65_HS1-834228961_62-HQ-83894_Serial_130
Agency: FBI
Page 126
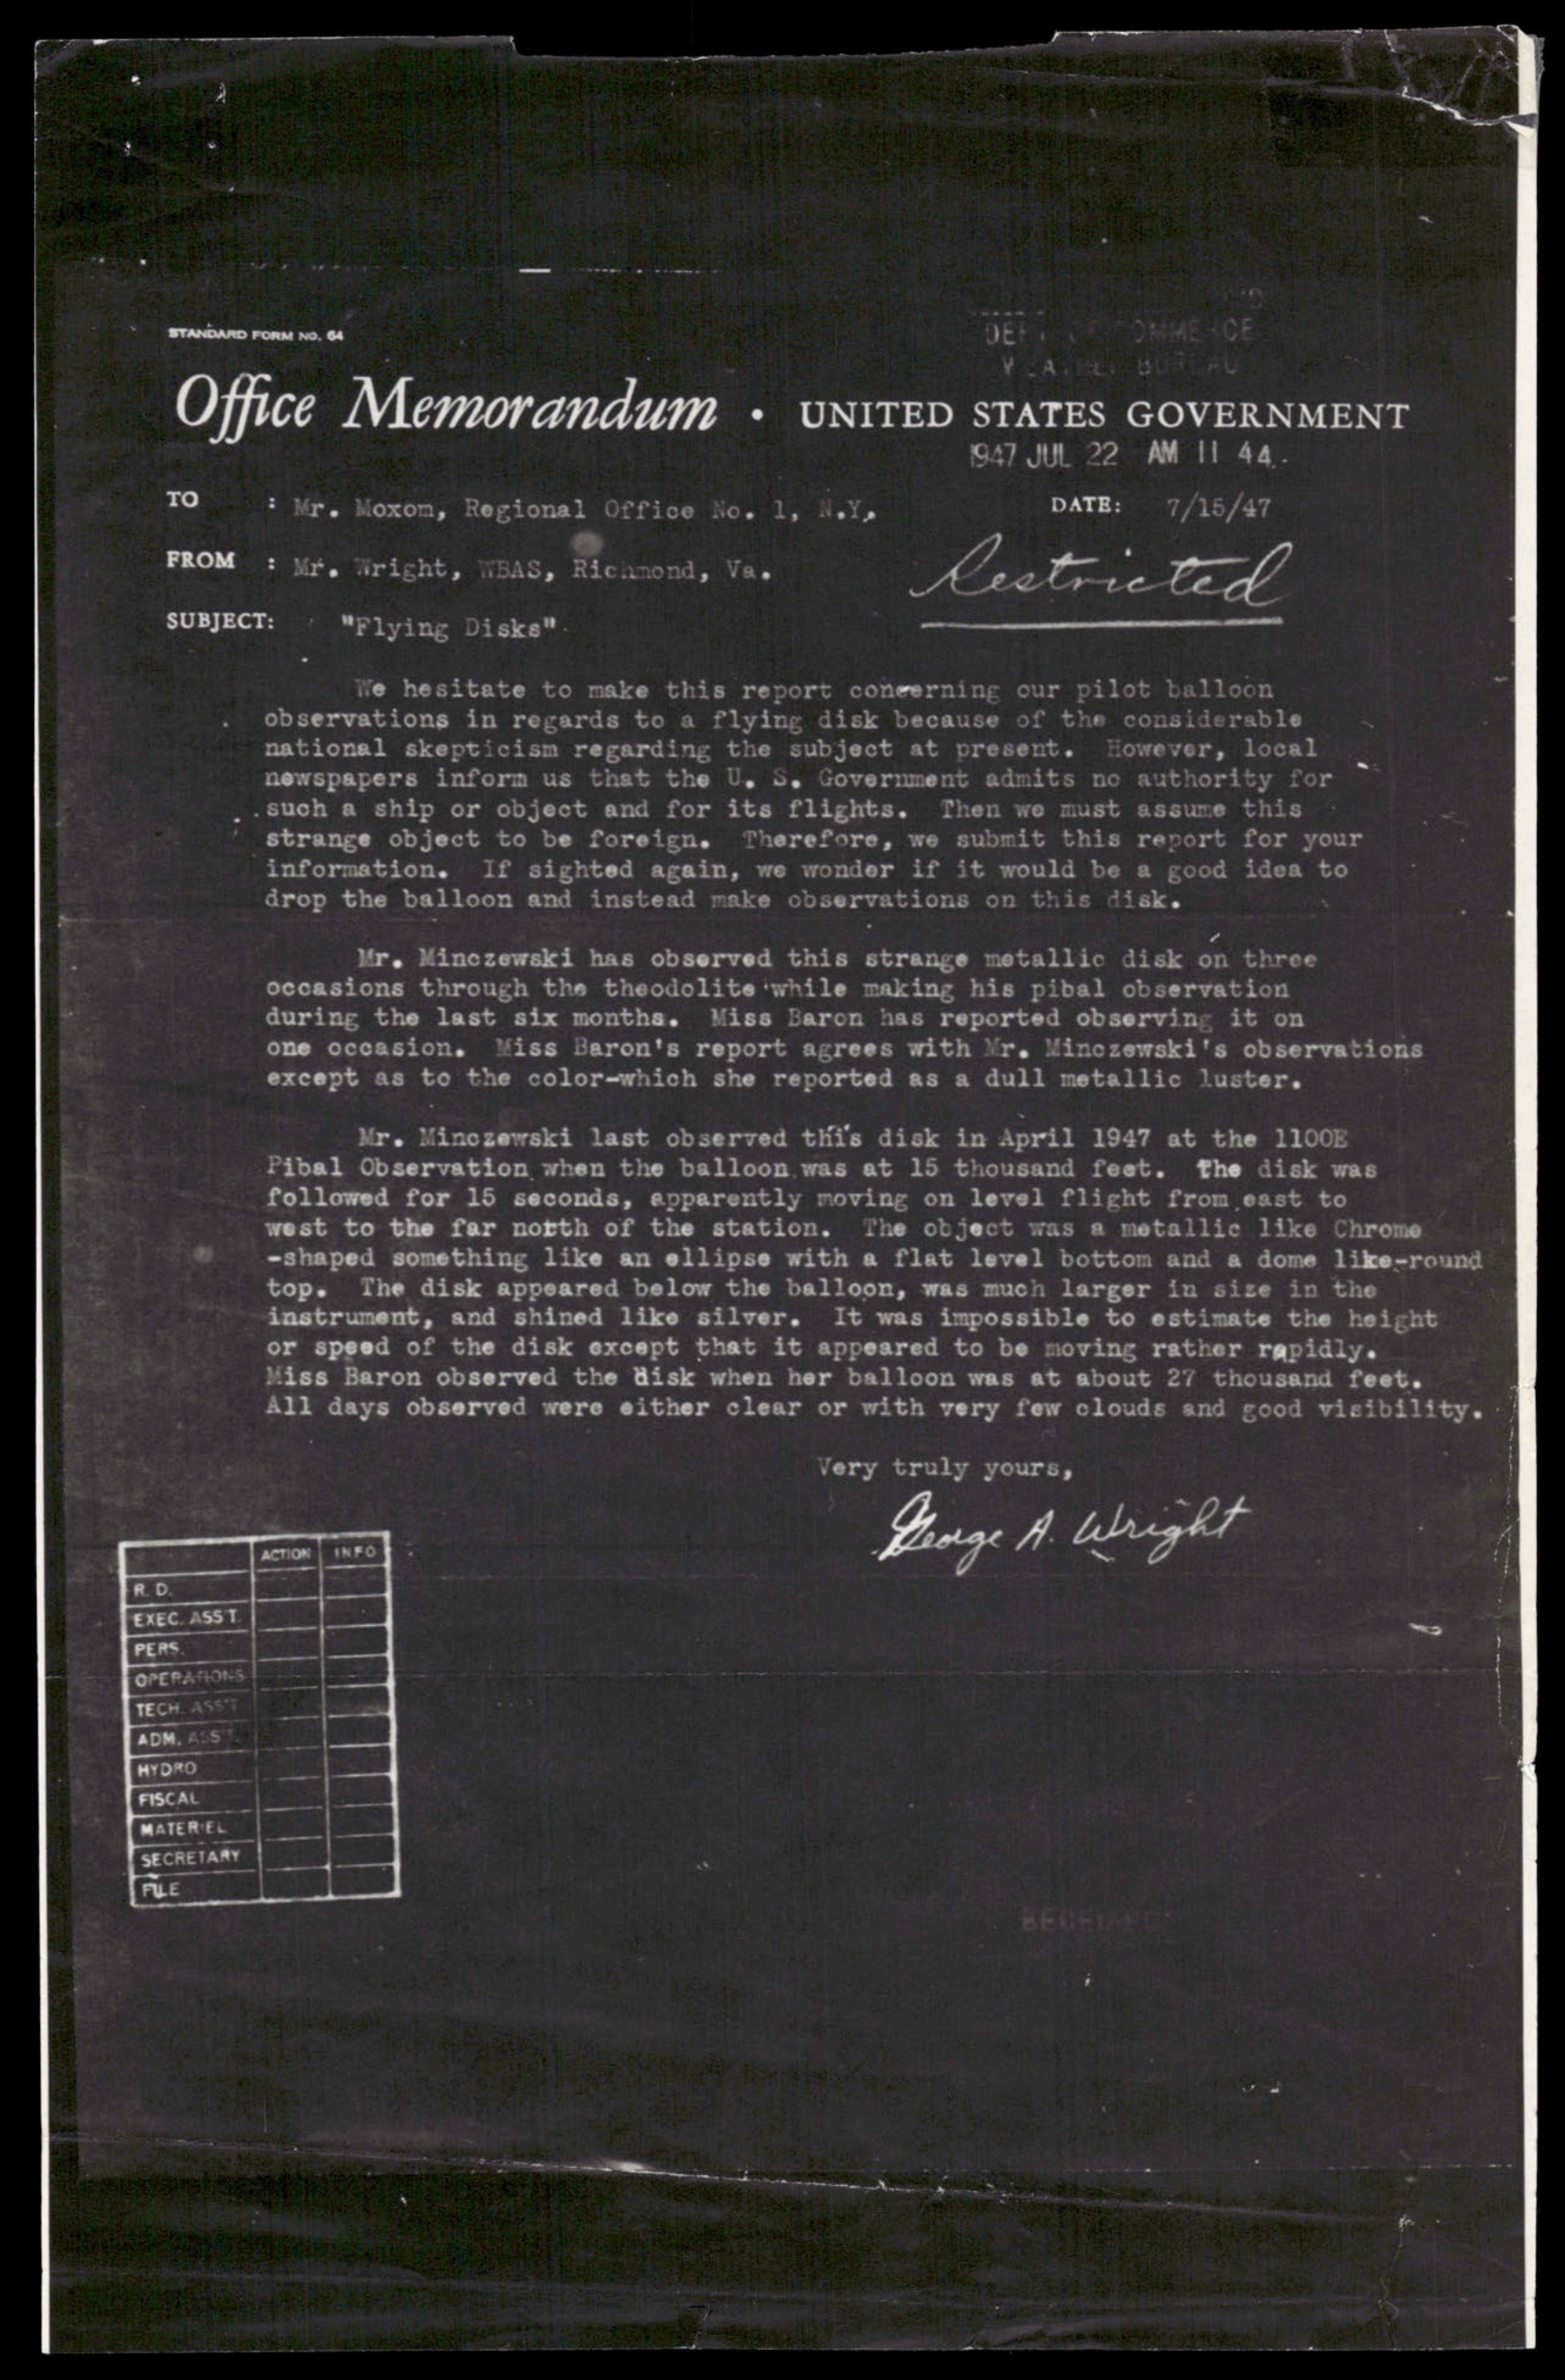